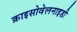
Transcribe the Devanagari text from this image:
क्राइसोवेलनाइडी